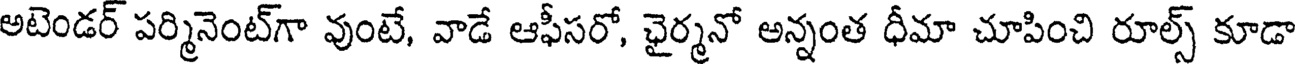
అటెండర్ పర్మినెంట్గా వుంటే, వాడే ఆఫీసరో, ఛైర్మనో అన్నంత ధీమా చూపించి రూల్స్ కూడా